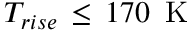
T _ { r i s e } \, \leq \, 1 7 0 \, \mathrm { ~ K ~ }